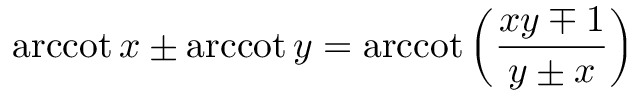
\operatorname { a r c c o t } x \pm \operatorname { a r c c o t } y = \operatorname { a r c c o t } \left( { \frac { x y \mp 1 } { y \pm x } } \right)